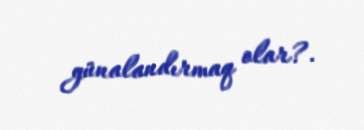
günalandırmaq olar?.